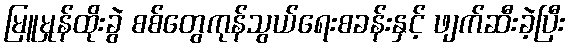
မြူမှုန်ထိုးခွဲ စစ်တွေကုန်သွယ်ရေးစခန်းနှင့် ဖျက်ဆီးခဲ့ပြီး